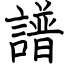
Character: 譜